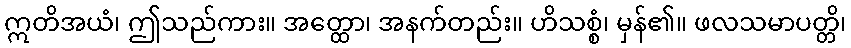
ဣတိအယံ၊ ဤသည်ကား။ အတ္ထော၊ အနက်တည်း။ ဟိသစ္စံ၊ မှန်၏။ ဖလသမာပတ္တိ၊